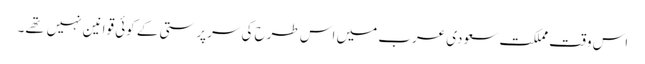
اس وقت مملکت سعودی عرب میں اس طرح کی سرپرستی کے کوئی قوانین نہیں تهے۔